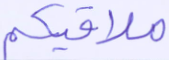
ملاقيكم